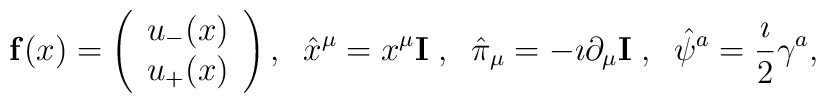
{\bf f}(x)=\left(\begin{array}{c}u_-(x)\\u_+(x)\end{array}\right),\;\;\hat{x}^\mu=x^\mu{\bf I}\;,\;\; \hat{\pi}_\mu=-\imath\partial_\mu{\bf I}\;,\;\; \hat{\psi}^a=\frac{\imath}{2}\gamma^a,